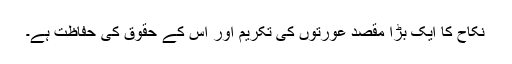
نکاح کا ایک بڑا مقصد عورتوں کی تکریم اور اس کے حقوق کی حفاظت ہے۔